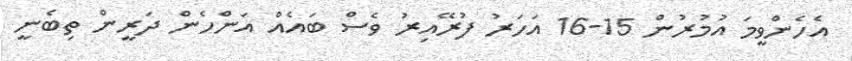
އެހެންވީމަ އުމުރުން 15-16 އަހަރު ފުރޭއިރު ވެސް ބައެއް އަންހެން ދަރީން ތިބެނީ